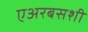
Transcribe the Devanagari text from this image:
एअरबसशी